Report of the Indian Hemp Drugs Commission, 1894-1895 - Volume IV
Year: 1894
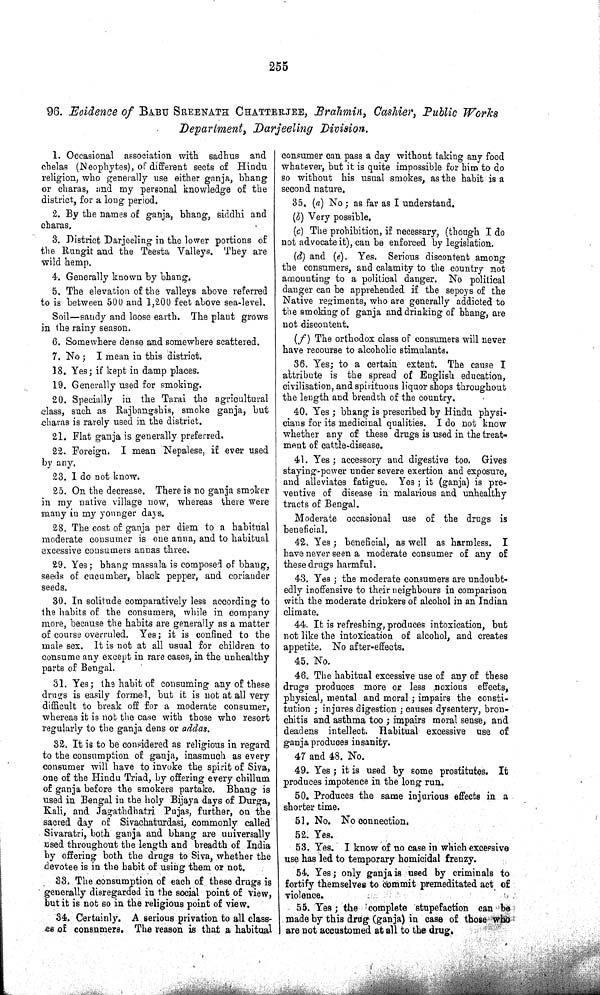
255
96. Evidence of BABU SREENATH CHATTERJEE, Brahmin, Cashier, Public Works
Department, Darjeeling
Division.
1. Occasional association with sadhus and
chelas (Neophytes), of different sects of Hindu
religion, who generally use either ganja, bhang
or charas, and my personal knowledge of the
district, for a long period.
2. By the names of ganja, bhang, siddhi and
charas.
3. District Darjeeling in the lower portions of
the Rungit and the Teesta Valleys. They are
wild hemp.
4. Generally known by bhang.
5. The elevation of the valleys above referred
to is between 500 and 1,200 feet above sea-level.
Soil—sandy and loose earth. The plant grows
in the rainy season.
6. Somewhere dense and somewhere scattered.
7. No; I mean in this district.
18. Yes; if kept in damp places.
19. Generally used for smoking.
20. Specially in the Tarai the agricultural
class, such as Rajbangshis, smoke ganja, but
charas is rarely used in the district.
21. Flat ganja is generally preferred.
22. Foreign. I mean Nepalese, if ever used
by any.
23. I do not know.
25. On the decrease. There is no ganja smoker
in my native village now, whereas there were
many in my younger days.
28. The cost of ganja per diem to a habitual
moderate consumer is one anna, and to habitual
excessive consumers annas three.
29. Yes; bhang massala is composed of bhang,
seeds of cucumber, black pepper, and coriander
seeds.
30. In solitude comparatively less according to
the habits of the consumers, while in company
more, because the habits are generally as a matter
of course overruled. Yes; it is confined to the
male sex. It is not at all usual for children to
consume any except in rare cases, in the unhealthy
parts of Bengal.
31. Yes; the habit of consuming any of these
drugs is easily formed, but it is not at all very
difficult to break off for a moderate consumer,
whereas it is not the case with those who resort
regularly to the ganja dens or addas.
32. It is to be considered as religious in regard
to the consumption of ganja, inasmuch as every
consumer will have to invoke the spirit of Siva,
one of the Hindu Triad, by offering every chillum
of ganja before the smokers partake. Bhang is
used in Bengal in the holy Bijaya days of Durga,
Kali, and Jagathdhatri Pujas, further, on the
sacred day of Sivachaturdasi, commonly called
Sivaratri, both ganja and bhang are universally
used throughout the length and breadth of India
by offering both the drugs to Siva, whether the
devotee is in the habit of using them or not.
33. The consumption of each of these drugs is
generally disregarded in the social point of view,
but it is not so in the religious point of view.
34. Certainly. A serious privation to all class-
es of consumers. The reason is that a habitual
consumer can pass a day without taking any food
whatever, but it is quite impossible for him to do
so without his usual smokes, as the habit is a
second nature.
35. (a) No; as far as I understand.
(b) Very possible.
(c) The prohibition, if necessary, (though I do
not advocate it), can be enforced by legislation.
(d) and (e). Yes. Serious discontent among
the consumers, and calamity to the country not
amounting to a political danger. No political
danger can be apprehended if the sepoys of the
Native regiments, who are generally addicted to
the smoking of ganja and drinking of bhang, are
not discontent.
(f) The orthodox class of consumers will never
have recourse to alcoholic stimulants.
36. Yes; to a certain extent. The cause I
attribute is the spread of English education,
civilisation, and spirituous liquor shops throughout
the length and breadth of the country.
40. Yes; bhang is prescribed by Hindu physi-
cians for its medicinal qualities. I do not know
whether any of these drugs is used in the treat-
ment of cattle-disease.
41. Yes; accessory and digestive too. Gives
staying-power under severe exertion and exposure,
and alleviates fatigue. Yes; it (ganja) is pre-
ventive of disease in malarious and unhealthy
tracts of Bengal.
Moderate occasional use of the drugs is
beneficial.
42. Yes; beneficial, as well as harmless. I
have never seen a moderate consumer of any of
these drugs harmful.
43. Yes; the moderate consumers are undoubt-
edly inoffensive to their neighbours in comparison
with the moderate drinkers of alcohol in an Indian
climate.
44. It is refreshing, produces intoxication, but
not like the intoxication of alcohol, and creates
appetite. No after-effects.
45. No.
46. The habitual excessive use of any of these
drugs produces more or less noxious effects,
physical, mental and moral; impairs the consti-
tution; injures digestion; causes dysentery, bron-
chitis and asthma too; impairs moral sense, and
deadens intellect. Habitual excessive use of
ganja produces insanity.
47 and 48. No.
49. Yes; it is used by some prostitutes. It
produces impotence in the long run.
50. Produces the same injurious effects in a
shorter time.
51. No. No connection.
52. Yes.
53. Yes. I know of no case in which excessive
use has led to temporary homicidal frenzy.
54. Yes; only ganja is used by criminals to
fortify themselves to commit premeditated act of
violence.
55. Yes; the complete stupefaction can be
made by this drug (ganja) in case of those who
are not accustomed at all to the drug.